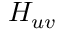
H _ { u v }